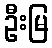
ဦးမြ